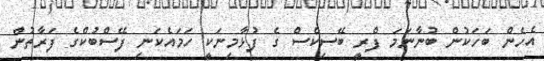
އެހެން ބަހަކުން ބުނާނަމަ ފްރީ ބޭސިކްސް ގެ ފުޅާމިނަކީ ހަމައެކަނި ފޭސްބުކްގެ ފަރާތުން